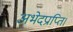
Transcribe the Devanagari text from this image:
अभेदप्राप्ति।